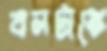
বলটাতে